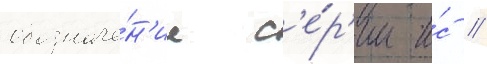
обозначе́н'ие с'е́р'ии и́с //